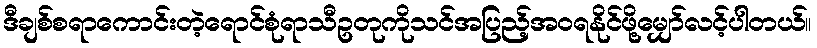
ဒီချစ်စရာကောင်းတဲ့ရောင်စုံရာသီဥတုကိုသင်အပြည့်အဝရနိုင်ဖို့မျှော်လင့်ပါတယ်။